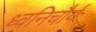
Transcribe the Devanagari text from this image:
ध्वनिचौर्य